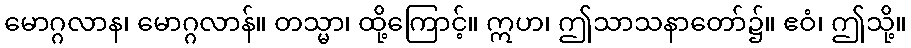
မောဂ္ဂလာန၊ မောဂ္ဂလာန်။ တသ္မာ၊ ထို့ကြောင့်။ ဣဟ၊ ဤသာသနာတော်၌။ ဧဝံ၊ ဤသို့။